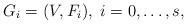
LaTeX: \begin{align*}& G_i = (V, F_i), \; i = 0, \dots, s,\end{align*}